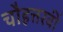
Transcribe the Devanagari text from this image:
चौहत्तरवीं